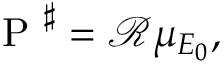
\mathrm { ~ P ~ } ^ { \sharp } = { \mathcal R } \mu _ { E _ { 0 } } ,